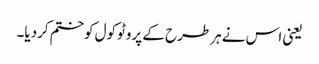
یعنی اس نے ہرطرح کے پروٹوکول کوختم کردیا۔